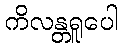
ကိလန္တရူပေါ